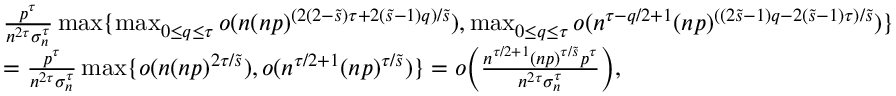
\begin{array} { r l } & { \frac { p ^ { \tau } } { n ^ { 2 \tau } \sigma _ { n } ^ { \tau } } \operatorname* { m a x } \{ \operatorname* { m a x } _ { 0 \leq q \leq \tau } o ( n ( n p ) ^ { ( 2 ( 2 - \tilde { s } ) \tau + 2 ( \tilde { s } - 1 ) q ) / \tilde { s } } ) , \operatorname* { m a x } _ { 0 \leq q \leq \tau } o ( n ^ { \tau - q / 2 + 1 } ( n p ) ^ { ( ( 2 \tilde { s } - 1 ) q - 2 ( \tilde { s } - 1 ) \tau ) / \tilde { s } } ) \} } \\ & { = \frac { p ^ { \tau } } { n ^ { 2 \tau } \sigma _ { n } ^ { \tau } } \operatorname* { m a x } \{ o ( n ( n p ) ^ { 2 \tau / \tilde { s } } ) , o ( n ^ { \tau / 2 + 1 } ( n p ) ^ { \tau / \tilde { s } } ) \} = o \Big ( \frac { n ^ { \tau / 2 + 1 } ( n p ) ^ { \tau / \tilde { s } } p ^ { \tau } } { n ^ { 2 \tau } \sigma _ { n } ^ { \tau } } \Big ) , } \end{array}